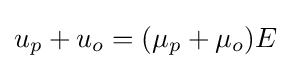
u_{p}+u_{o}=(\mu _{p}+\mu _{o})E